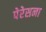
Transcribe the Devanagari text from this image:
पेरेसना